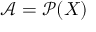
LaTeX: { \mathcal { A } } = { \mathcal { P } } ( X )